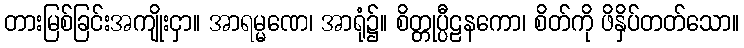
တားမြစ်ခြင်းအကျိုးငှာ။ အာရမ္မဏေ၊ အာရုံ၌။ စိတ္တုပ္ပီဠနကော၊ စိတ်ကို ဖိနှိပ်တတ်သော။